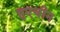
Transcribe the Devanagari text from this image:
हुएचीन